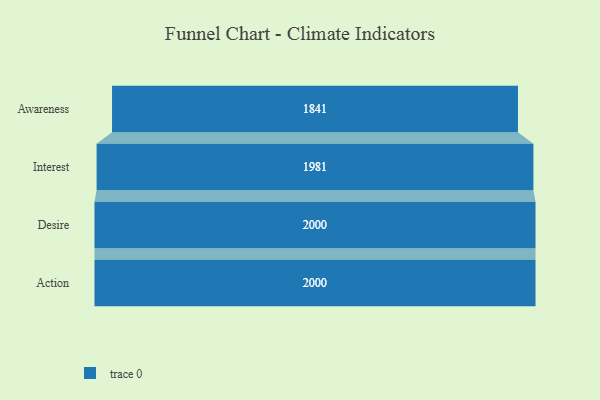
{"axis": {"x": "Stage", "y": "Value"}, "legend": [""], "data": [{"x": "Awareness", "y": 1841.0, "type": ""}, {"x": "Interest", "y": 1981.0, "type": ""}, {"x": "Desire", "y": 2000, "type": ""}, {"x": "Action", "y": 2000, "type": ""}]}